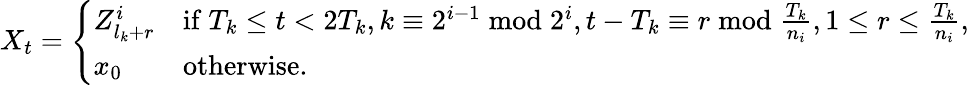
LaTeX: X_{t}=\left\{ \begin{array}{ll}{Z_{l_{k}+r}^{i}}&{\mathrm{if~}T_{k}\leq t<2T_{k},k\equiv 2^{i-1}\bmod 2^{i},t-T_{k}\equiv r\bmod\frac{T_{k}}{n_{i}},1\leq r\leq\frac{T_{k}}{n_{i}},}\\ {x_{0}}&{\mathrm{otherwise}.}\end{array}\right.